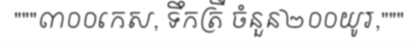
"""៣០០កេស, ទឹកត្រី ចំនួន២០០យូរ,"""